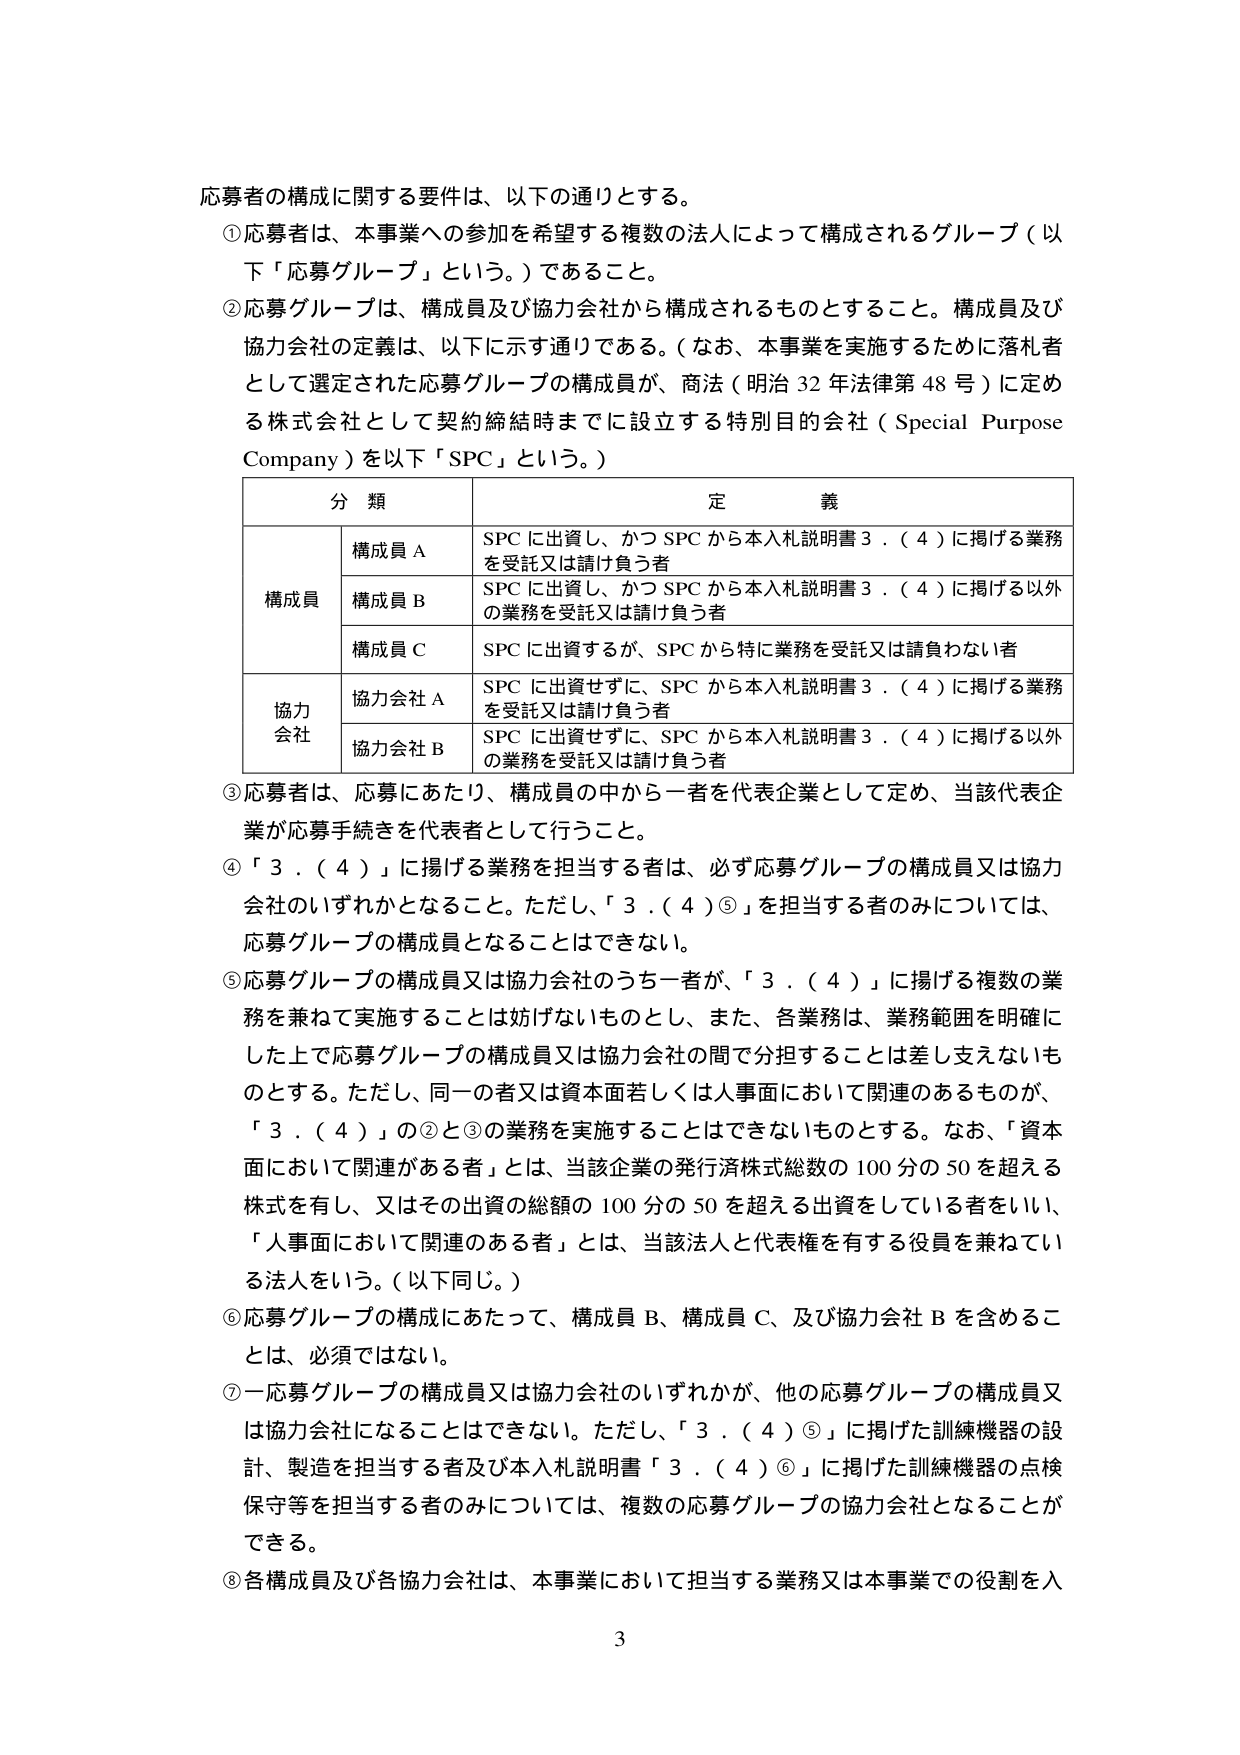
応募者の構成に関する要件は、以下の通りとする。

①応募者は、本事業への参加を希望する複数の法人によって構成されるグループ（以下「応募グループ」という。）であること。

②応募グループは、構成員及び協力会社から構成されるものとする。構成員及び協力会社の定義は、以下に示す通りである。（なお、本事業を実施するために落札者として選定された応募グループの構成員が、商法（明治32年法律第48号）に定める株式会社として契約締結時までに設立する特別目的会社（Special Purpose Company）を以下「SPC」という。）

| 分類 | 定義 |
|------|------|
| 構成員 | 構成員A | SPCに出資し、かつSPCから本入札説明書3．（4）に掲げる業務を受託又は請け負う者 |
| | 構成員B | SPCに出資し、かつSPCから本入札説明書3．（4）に掲げる以外の業務を受託又は請け負う者 |
| | 構成員C | SPCに出資するが、SPCから特に業務を受託又は請負わない者 |
| 協力会社 | 協力会社A | SPCに出資せずに、SPCから本入札説明書3．（4）に掲げる業務を受託又は請け負う者 |
| | 協力会社B | SPCに出資せずに、SPCから本入札説明書3．（4）に掲げる以外の業務を受託又は請け負う者 |

③応募者は、応募にあたり、構成員の中から一者を代表企業として定め、当該代表企業が応募手続きを代表者として行うこと。

④「3．（4）」に掲げる業務を担当する者は、必ず応募グループの構成員又は協力会社のいずれかとなること。ただし、「3．（4）⑤」を担当する者のみについては、応募グループの構成員となることはできない。

⑤応募グループの構成員又は協力会社のうち一者が、「3．（4）」に掲げる複数の業務を兼ねて実施することは妨げないものとし、また、各業務は、業務範囲を明確にした上で応募グループの構成員又は協力会社の間で分担することは差し支えないものとする。ただし、同一の者又は資本面若しくは人事面において関連のあるものが、「3．（4）」の②と③の業務を実施することはできないものとする。なお、「資本面において関連がある者」とは、当該企業の発行済株式総数の100分の50を超える株式を有し、又はその出資の総額の100分の50を超える出資をしている者をいい、「人事面において関連のある者」とは、当該法人と代表権を有する役員を兼ねている法人をいう。（以下同じ。）

⑥応募グループの構成にあたって、構成員B、構成員C、及び協力会社Bを含めることは、必須ではない。

⑦一応募グループの構成員又は協力会社のいずれかが、他の応募グループの構成員又は協力会社になることはできない。ただし、「3．（4）⑤」に掲げた訓練機器の設計、製造を担当する者及び本入札説明書「3．（4）⑥」に掲げた訓練機器の点検保守等を担当する者のみについては、複数の応募グループの協力会社となることができる。

⑧各構成員及び各協力会社は、本事業において担当する業務又は本事業での役割を入

3